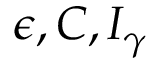
\epsilon , C , I _ { \gamma }